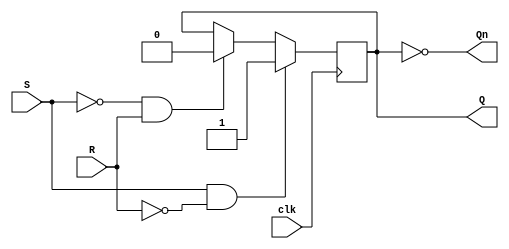
module sr_flipflop(
    input wire clk,
    input wire S,
    input wire R,
    output reg Q,
    output reg Qn
);

assign Qn = ~Q;

always @(posedge clk) begin
    if (S & !R) begin
        Q <= 1'b1;
    end else if (!S & R) begin
        Q <= 1'b0;
    end
end

endmodule